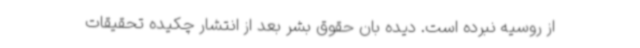
از روسیه نبرده است. دیده بان حقوق بشر بعد از انتشار چکیده تحقیقات